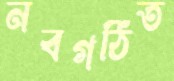
নবগঠিত